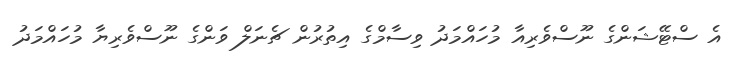
އެ ސްޓޭޝަންގެ ނޫސްވެރިއާ މުހައްމަދު ވިސާމްގެ އިތުރުން ޗެނަލް ވަންގެ ނޫސްވެރިޔާ މުހައްމަދު